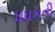
ધધકતી